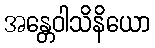
အန္တေဝါသိနိယော